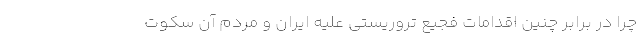
چرا در برابر چنین اقدامات فجیع تروریستی علیه ایران و مردم آن سکوت